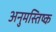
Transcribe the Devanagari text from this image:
अनुमस्तिष्‍क